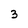
Character: 3